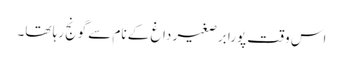
اس وقت پورا برصغیر داغ کے نام سے گونج رہا تھا۔